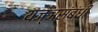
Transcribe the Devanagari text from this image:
यज्ञसंबंधी